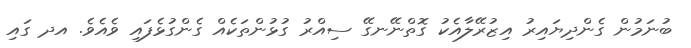
ބުނަމުން ގެންދިޔައިރު އިޒުރޭލާއެކު ގޮތްނޭނގޭ ސިއްރު ގުޅުންތަކެއް ގެންގުޅެފައި ވެއެވެ. އދ ގައި